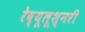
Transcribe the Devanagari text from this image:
रेव्यूलूश्नरी